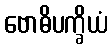
ဗောဓိပက္ခိယံ